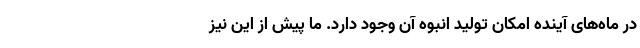
در ماه‌های آینده امکان تولید انبوه آن وجود دارد. ما پیش از این نیز